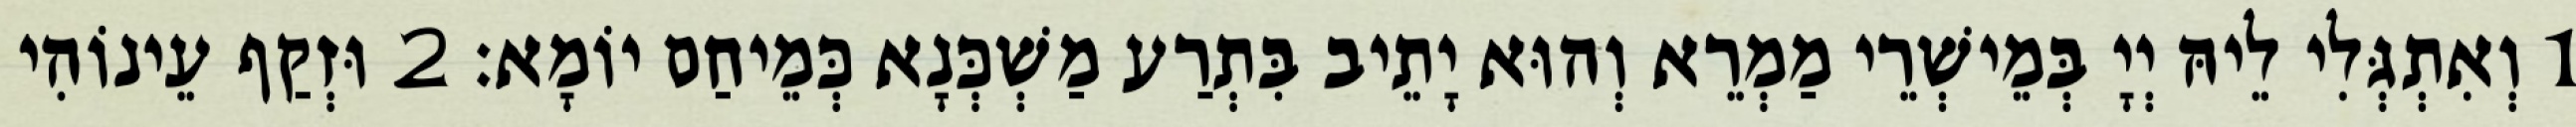
1 וְאִתְגְּלִי לֵיהּ יְיָ בְּמֵישְׁרֵי מַמְרֵא וְהוּא יָתֵיב בִּתְרַע מַשְׁכְּנָא כְּמֵיחַם יוֹמָא׃ 2 וּזְקַף עֵינוֹהִי